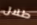
طلال